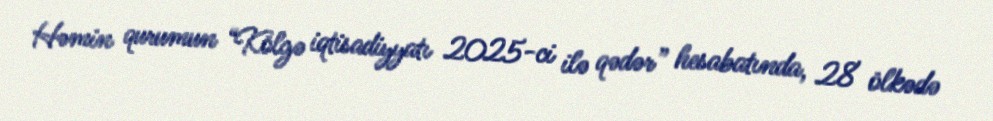
Həmin qurumun “Kölgə iqtisadiyyatı 2025-ci ilə qədər” hesabatında, 28 ölkədə